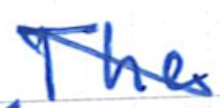
Text: The
Cross-out: diagonal
Writing tool: ballpoint